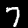
Digit: 7